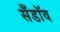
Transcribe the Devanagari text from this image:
सँडॉव